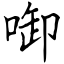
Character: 啣